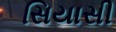
સિયાસી